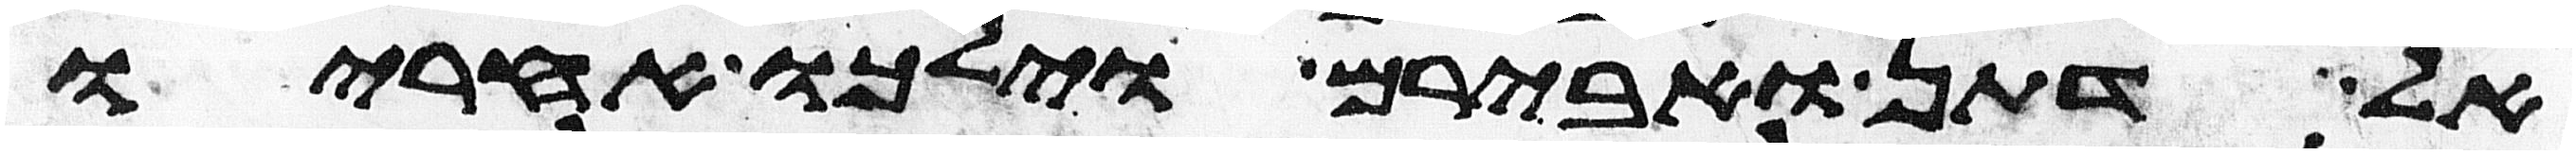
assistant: אל דתן ואבירם וילכו אחריו